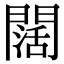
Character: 闊